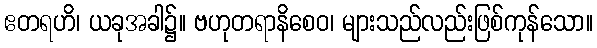
ဧတရဟိ၊ ယခုအခါ၌။ ဗဟုတရာနိစေဝ၊ များသည်လည်းဖြစ်ကုန်သော။